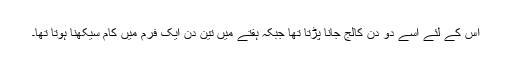
اُس کے لئے اُسے دو دن کالج جانا پڑتا تھا جبکہ ہفتے میں تین دن ایک فرم میں کام سیکھنا ہوتا تھا۔